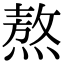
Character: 熬